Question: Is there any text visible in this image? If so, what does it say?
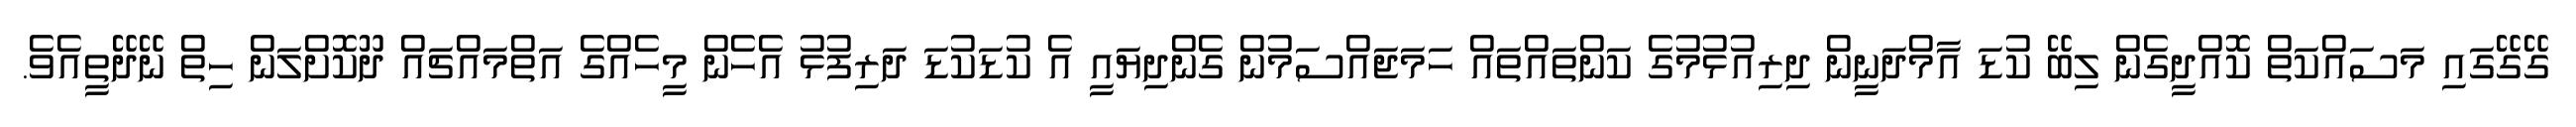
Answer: ގޭގޭގައި މަސައްކަތް ކޮއްދީގެން ލިބޭ ކުޑަ އާމްދަނީން ދިރިއުޅުމުގެ ކަންތައްތައް ހަމަޖައްސަމުން ގެންދިޔައީ އެ ކުޑަކުޑަ ދަރިފުޅު އެހެން މީހެއްގެ އަތްމައްޗައް ދޫކޮށްލަން ހިތް ނޭދޭތީއެވެ.